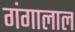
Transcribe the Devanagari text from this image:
गंगालाल